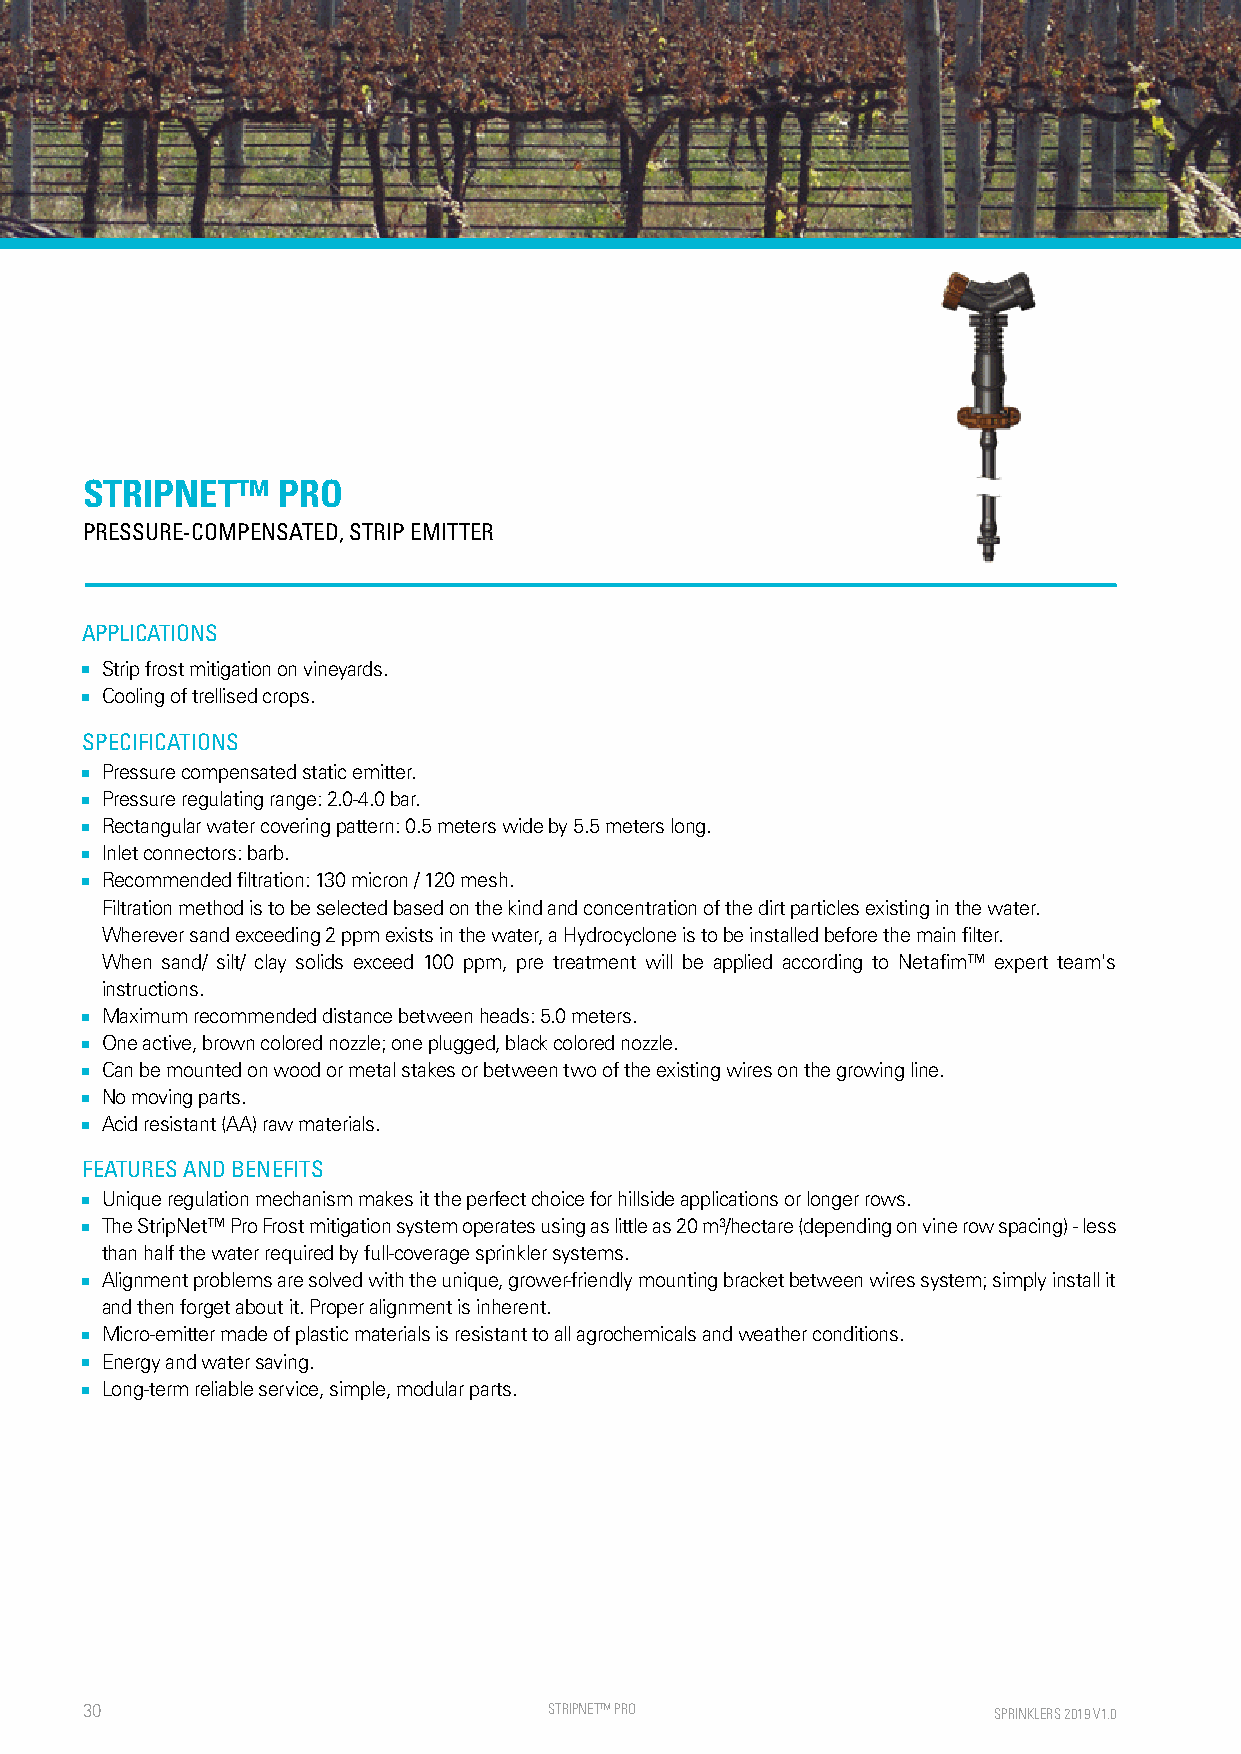
STRIPNET™    PRO
 PRESSURE-COMPENSATED, STRIP EMITTER
 APPLICATIONS
 ■ Strip frost mitigation on vineyards.
 ■ Cooling of trellised crops.
 SPECIFICATIONS
 ■ Pressure compensated static emitter.
 ■ Pressure regulating range: 2.0-4.0 bar.
 ■ Rectangular water covering pattern: 0.5 meters wide by 5.5 meters long.
 ■ Inlet connectors: barb.
 ■ Recommended filtration: 130 micron / 120 mesh.
 Filtration method is to be selected based on the kind and concentration of the dirt particles existing in the water.
 Wherever sand exceeding 2 ppm exists in the water, a Hydrocyclone is to be installed before the main filter.
 When sand/ silt/ clay solids exceed 100 ppm, pre treatment will be applied according to Netafim™ expert team's
 instructions.
 ■ Maximum recommended distance between heads: 5.0 meters.
 ■ One active, brown colored nozzle; one plugged, black colored nozzle.
 ■ Can be mounted on wood or metal stakes or between two of the existing wires on the growing line.
 ■ No moving parts.
 ■ Acid resistant (AA) raw materials.
 FEATURES AND BENEFITS
 ■ Unique regulation mechanism makes it the perfect choice for hillside applications or longer rows.
 ■ The StripNet™ Pro Frost mitigation system operates using as little as 20 m³/hectare (depending on vine row spacing) - less
 than half the water required by full-coverage sprinkler systems.
 ■ Alignment problems are solved with the unique, grower-friendly mounting bracket between wires system; simply install it
 and then forget about it. Proper alignment is inherent.
 ■ Micro-emitter made of plastic materials is resistant to all agrochemicals and weather conditions.
 ■ Energy and water saving.
 ■ Long-term reliable service, simple, modular parts.
 30                             STRIPNE T™ PRO                SPRINKLERS 2019 V1.0